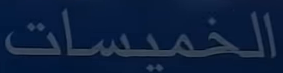
الخميسات